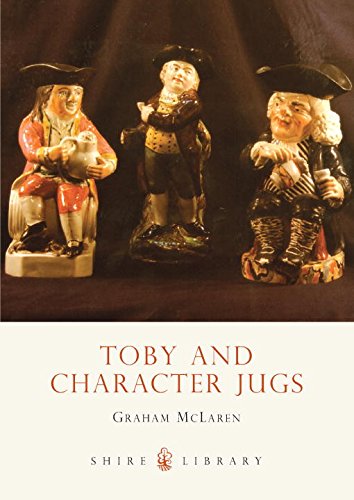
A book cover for Toby and Character Jugs (Shire Library); Graham McLaren; Crafts, Hobbies & Home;